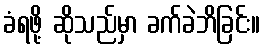
ခံရဖို့ ဆိုသည်မှာ ခက်ခဲဘိခြင်း။